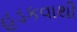
હડકવાથી